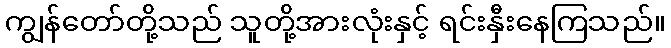
ကျွန်တော်တို့သည် သူတို့အားလုံးနှင့် ရင်းနှီးနေကြသည်။